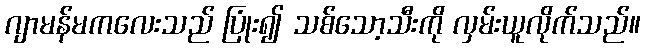
ဂျာမန်မကလေးသည် ပြုံး၍ သစ်သော့သီးကို လှမ်းယူလိုက်သည်။